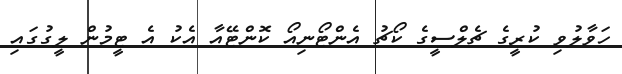
ހަވާލުވި ކުރީގެ ޗެލްސީގެ ކޯޗު އެންޓޯނިއޯ ކޮންޓޭއާ އެކު އެ ޓީމުން ލީގުގައި